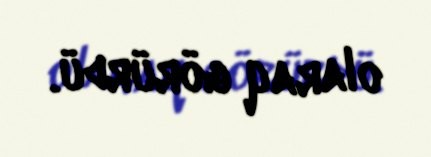
olaraq görürdü.